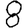
Digit: 8